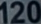
120